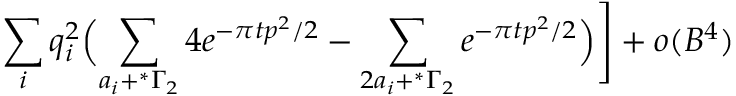
\sum _ { i } q _ { i } ^ { 2 } \Bigl ( \sum _ { a _ { i } + ^ { * } \Gamma _ { 2 } } 4 e ^ { - { \pi t } p ^ { 2 } / 2 } - \sum _ { 2 a _ { i } + ^ { * } \Gamma _ { 2 } } e ^ { - { \pi t } p ^ { 2 } / 2 } \Bigr ) \Biggr ] + o ( { \cal B } ^ { 4 } )